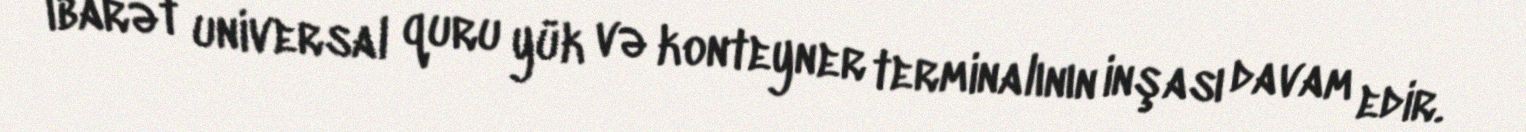
ibarət universal quru yük və konteyner terminalının inşası davam edir.